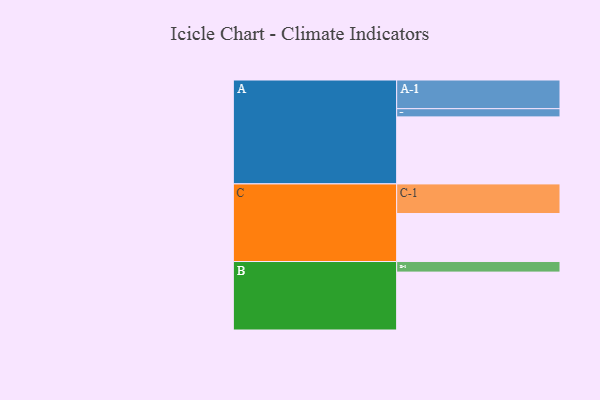
{"axis": {"x": "Segment", "y": "Value"}, "legend": ["", "A", "B", "C"], "data": [{"x": "A", "y": 507, "type": ""}, {"x": "B", "y": 438, "type": ""}, {"x": "C", "y": 363, "type": ""}, {"x": "A-1", "y": 217, "type": "A"}, {"x": "A-2", "y": 62, "type": "A"}, {"x": "B-1", "y": 80, "type": "B"}, {"x": "C-1", "y": 224, "type": "C"}]}